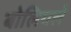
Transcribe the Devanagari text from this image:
बोलियले